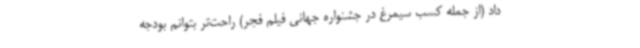
داد (از جمله کسب سیمرغ در جشنواره جهانی فیلم فجر) راحت‌تر بتوانم بودجه